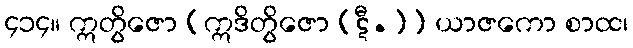
၄၁၄။ ဣတွိဇော [ဣဒိတွိဇော (ဋီ.)] ယာဇကော စာထ၊